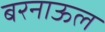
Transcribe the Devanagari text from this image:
बरनाऊल